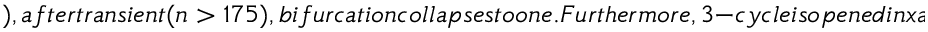
) , a f t e r t r a n s i e n t ( n > 1 7 5 ) , b i f u r c a t i o n c o l l a p s e s t o o n e . F u r t h e r m o r e , 3 - c y c l e i s o p e n e d i n x a t \mu _ { 0 } = 3 . 8 4 , a s i n d i c a t e d i n F i g u r e (